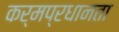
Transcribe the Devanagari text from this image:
कर्मप्रधानता